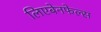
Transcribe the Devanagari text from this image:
लिएबेनफेल्स